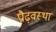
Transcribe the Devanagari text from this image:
प्रौढ़वस्था